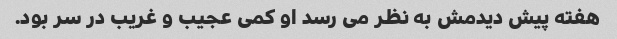
هفته پیش دیدمش به نظر می رسد او کمی عجیب و غریب در سر بود.